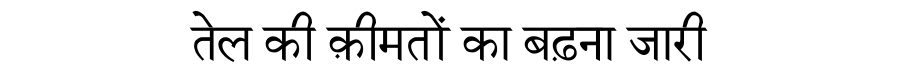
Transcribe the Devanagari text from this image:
तेल की क़ीमतों का बढ़ना जारी